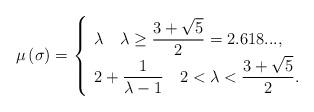
LaTeX: \begin{align*}\mu\left( \sigma\right) =\left\{\begin{array}[c]{l}\lambda\quad\lambda\geq\dfrac{3+\sqrt{5}}{2}=2.618...,\\2+\dfrac{1}{\lambda-1}\quad2<\lambda<\dfrac{3+\sqrt{5}}{2}.\end{array}\right. \end{align*}